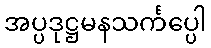
အပ္ပဒုဋ္ဌမနသင်္ကပ္ပေါ